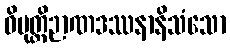
ဝိမုတ္တိဉာဏဒဿနာနိသံသော